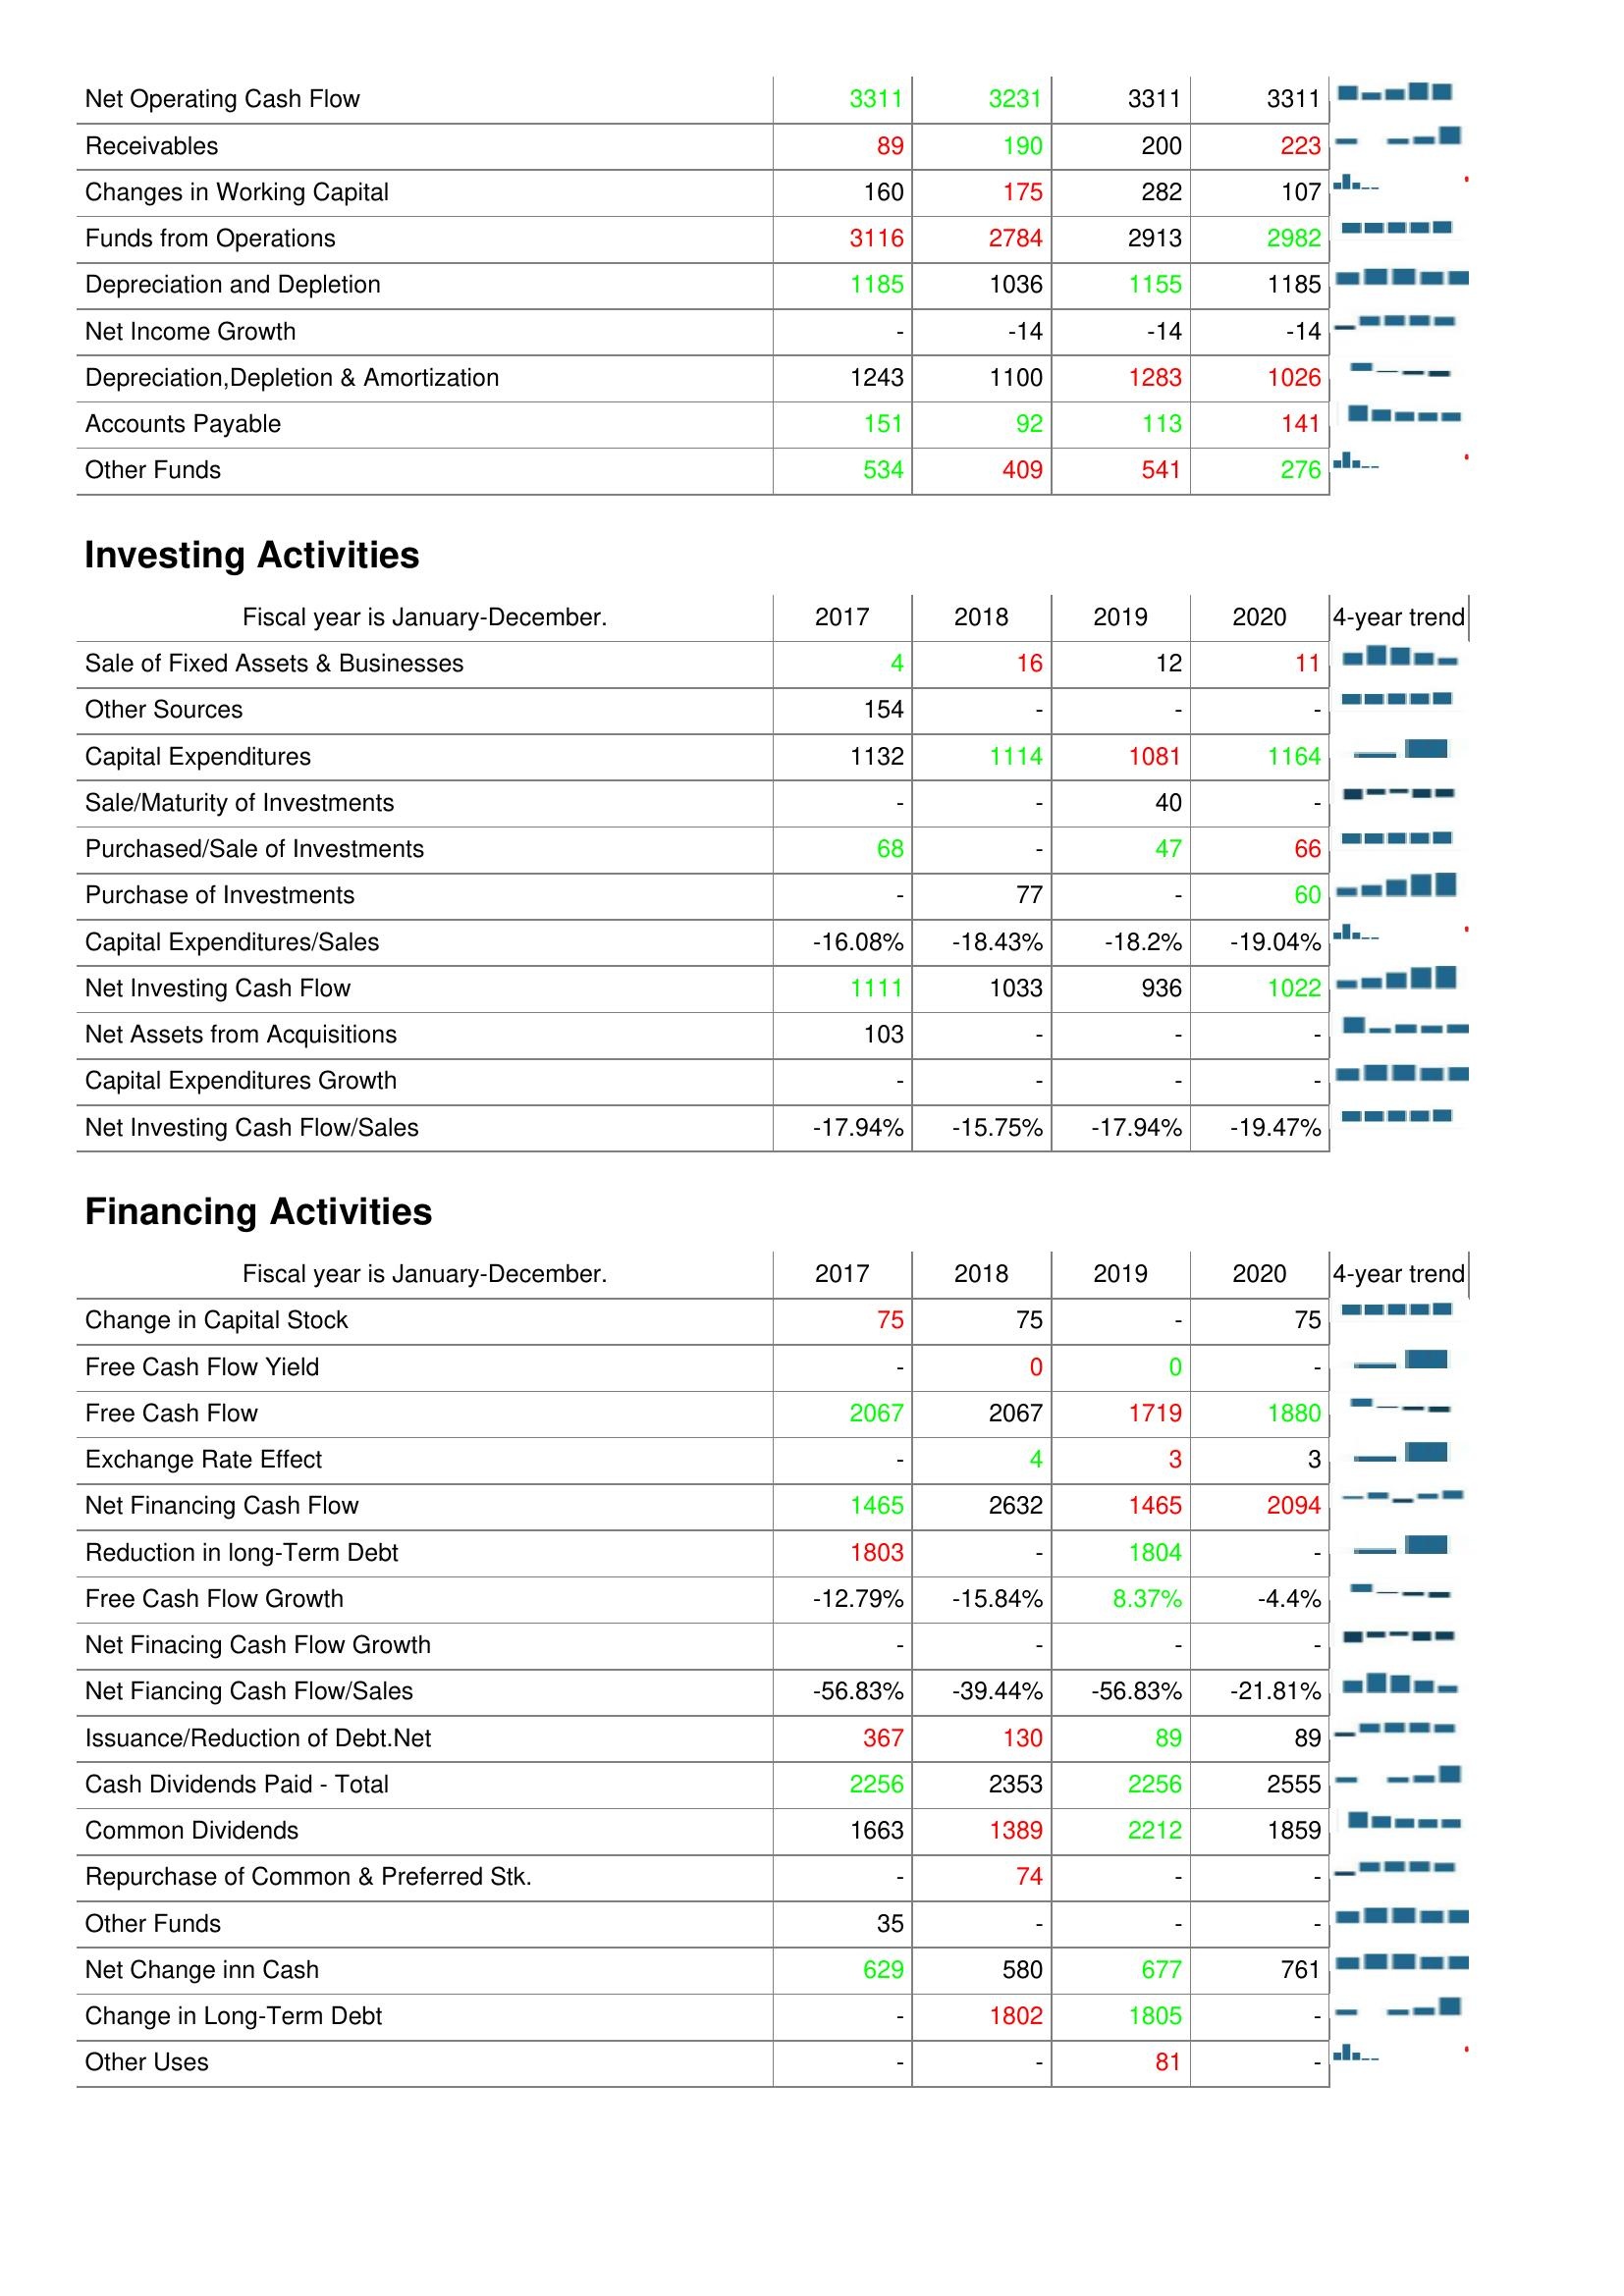
2017: Operating Activities: Net Operating Cash Flow: 3311
Receivables: 89
Changes in Working Capital: 160
Funds from Operations: 3116
Depreciation and Depletion: 1185
Net Income Growth: -
Depreciation,Depletion & Amortization: 1243
Accounts Payable: 151
Other Funds: 534
Investing Activities: Sale of Fixed Assets & Businesses: 4
Other Sources: 154
Capital Expenditures: 1132
Sale/Maturity of Investments: -
Purchased/Sale of Investments: 68
Purchase of Investments: -
Capital Expenditures/Sales: -16.08%
Net Investing Cash Flow: 1111
Net Assets from Acquisitions: 103
Capital Expenditures Growth: -
Net Investing Cash Flow/Sales: -17.94%
Financing Activities: Change in Capital Stock: 75
Free Cash Flow Yield: -
Free Cash Flow: 2067
Exchange Rate Effect: -
Net Financing Cash Flow: 1465
Reduction in long-Term Debt: 1803
Free Cash Flow Growth: -12.79%
Net Finacing Cash Flow Growth: -
Net Fiancing Cash Flow/Sales: -56.83%
Issuance/Reduction of Debt.Net: 367
Cash Dividends Paid - Total: 2256
Common Dividends: 1663
Repurchase of Common & Preferred Stk.: -
Other Funds: 35
Net Change inn Cash: 629
Change in Long-Term Debt: -
Other Uses: -
2018: Operating Activities: Net Operating Cash Flow: 3231
Receivables: 190
Changes in Working Capital: 175
Funds from Operations: 2784
Depreciation and Depletion: 1036
Net Income Growth: -14
Depreciation,Depletion & Amortization: 1100
Accounts Payable: 92
Other Funds: 409
Investing Activities: Sale of Fixed Assets & Businesses: 16
Other Sources: -
Capital Expenditures: 1114
Sale/Maturity of Investments: -
Purchased/Sale of Investments: -
Purchase of Investments: 77
Capital Expenditures/Sales: -18.43%
Net Investing Cash Flow: 1033
Net Assets from Acquisitions: -
Capital Expenditures Growth: -
Net Investing Cash Flow/Sales: -15.75%
Financing Activities: Change in Capital Stock: 75
Free Cash Flow Yield: 0
Free Cash Flow: 2067
Exchange Rate Effect: 4
Net Financing Cash Flow: 2632
Reduction in long-Term Debt: -
Free Cash Flow Growth: -15.84%
Net Finacing Cash Flow Growth: -
Net Fiancing Cash Flow/Sales: -39.44%
Issuance/Reduction of Debt.Net: 130
Cash Dividends Paid - Total: 2353
Common Dividends: 1389
Repurchase of Common & Preferred Stk.: 74
Other Funds: -
Net Change inn Cash: 580
Change in Long-Term Debt: 1802
Other Uses: -
2019: Operating Activities: Net Operating Cash Flow: 3311
Receivables: 200
Changes in Working Capital: 282
Funds from Operations: 2913
Depreciation and Depletion: 1155
Net Income Growth: -14
Depreciation,Depletion & Amortization: 1283
Accounts Payable: 113
Other Funds: 541
Investing Activities: Sale of Fixed Assets & Businesses: 12
Other Sources: -
Capital Expenditures: 1081
Sale/Maturity of Investments: 40
Purchased/Sale of Investments: 47
Purchase of Investments: -
Capital Expenditures/Sales: -18.2%
Net Investing Cash Flow: 936
Net Assets from Acquisitions: -
Capital Expenditures Growth: -
Net Investing Cash Flow/Sales: -17.94%
Financing Activities: Change in Capital Stock: -
Free Cash Flow Yield: 0
Free Cash Flow: 1719
Exchange Rate Effect: 3
Net Financing Cash Flow: 1465
Reduction in long-Term Debt: 1804
Free Cash Flow Growth: 8.37%
Net Finacing Cash Flow Growth: -
Net Fiancing Cash Flow/Sales: -56.83%
Issuance/Reduction of Debt.Net: 89
Cash Dividends Paid - Total: 2256
Common Dividends: 2212
Repurchase of Common & Preferred Stk.: -
Other Funds: -
Net Change inn Cash: 677
Change in Long-Term Debt: 1805
Other Uses: 81
2020: Operating Activities: Net Operating Cash Flow: 3311
Receivables: 223
Changes in Working Capital: 107
Funds from Operations: 2982
Depreciation and Depletion: 1185
Net Income Growth: -14
Depreciation,Depletion & Amortization: 1026
Accounts Payable: 141
Other Funds: 276
Investing Activities: Sale of Fixed Assets & Businesses: 11
Other Sources: -
Capital Expenditures: 1164
Sale/Maturity of Investments: -
Purchased/Sale of Investments: 66
Purchase of Investments: 60
Capital Expenditures/Sales: -19.04%
Net Investing Cash Flow: 1022
Net Assets from Acquisitions: -
Capital Expenditures Growth: -
Net Investing Cash Flow/Sales: -19.47%
Financing Activities: Change in Capital Stock: 75
Free Cash Flow Yield: -
Free Cash Flow: 1880
Exchange Rate Effect: 3
Net Financing Cash Flow: 2094
Reduction in long-Term Debt: -
Free Cash Flow Growth: -4.4%
Net Finacing Cash Flow Growth: -
Net Fiancing Cash Flow/Sales: -21.81%
Issuance/Reduction of Debt.Net: 89
Cash Dividends Paid - Total: 2555
Common Dividends: 1859
Repurchase of Common & Preferred Stk.: -
Other Funds: -
Net Change inn Cash: 761
Change in Long-Term Debt: -
Other Uses: -